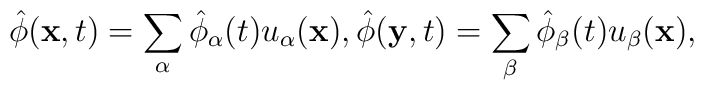
\hat{\phi}({\bf x}, t) = \sum_{\alpha}\hat{\phi}_\alpha (t) u_\alpha ({\bf x}),\hat{\phi}({\bf y}, t) = \sum_{\beta}\hat{\phi}_\beta (t) u_\beta ({\bf x}),